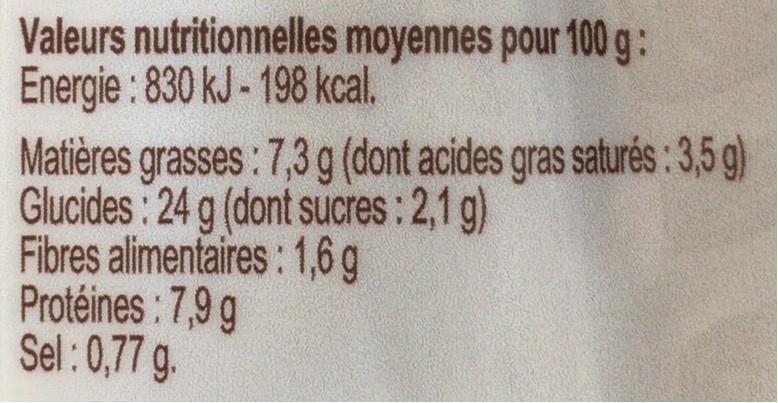
Valeurs nutritionnelles moyennes pour 100g: Energie : 830 kJ- 198 kcal. Matières grasses : 7,3 g (dont acides gras saturés: 3,5 g) Glucides: 24 g (dont sucres: 2,1 g) Fibres alimentaires : 1,6g Protéines : 7,9 g Sel: 0,77 g.